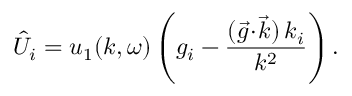
{ \hat { U } } _ { i } = u _ { 1 } ( k , \omega ) \left( g _ { i } - \frac { ( \vec { g } \! \cdot \! \vec { k } ) \, k _ { i } } { k ^ { 2 } } \right) .